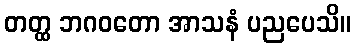
တတ္ထ ဘဂဝတော အာသနံ ပညပေသိ။